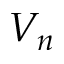
V _ { n }